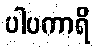
ပါပကာရိ